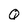
Character: Q